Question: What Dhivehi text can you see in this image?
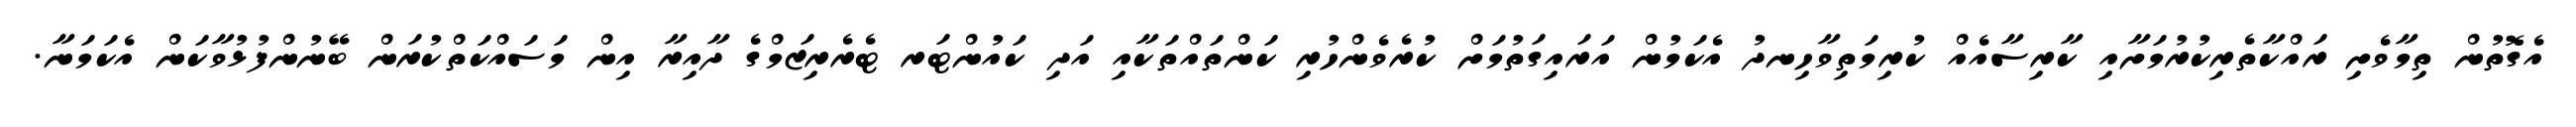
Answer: އެގޮތުން ތިމާވެށި ރައްކާތެރިކުރުމަށާއި ކާރިސާއެއް ކުރިމަތިވާހިނދު އެކަމުން އަރައިގަތުމަށް ކުރެވެންހުރި ކަންތައްތަކާއި އަދި ކައުންޓަރ ޓެރެރިޒަމްގެ ދާއިރާ އިން މަސައްކަތްކުރަން ބޭނުންފުޅުވާކަން އެކަމަނާ.